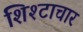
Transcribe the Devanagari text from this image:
शिश्टाचार